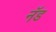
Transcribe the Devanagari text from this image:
नॅड